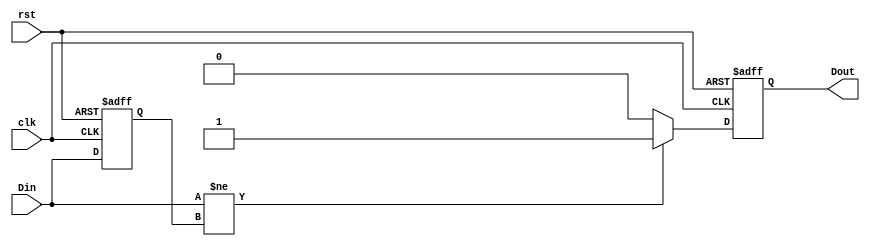
module edge_detector (
    input wire clk,        // Clock signal
    input wire rst,        // Asynchronous reset
    input wire Din,        // Input signal to be monitored
    output reg Dout        // Output signal indicating edge detection
);

    reg prev_state;        // Memory block to store the previous state of Din

    // Asynchronous reset and edge detection logic
    always @(posedge clk or posedge rst) begin
        if (rst) begin
            prev_state <= 1'b0; // Initialize memory block to low
            Dout <= 1'b0;       // Initialize output to low
        end else begin
            // Edge detection logic
            if (Din != prev_state) begin
                Dout <= 1'b1;    // Edge detected
            end else begin
                Dout <= 1'b0;    // No edge detected
            end
            
            // Update memory block with current input
            prev_state <= Din;
        end
    end

endmodule